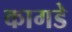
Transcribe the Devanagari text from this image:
कागडे